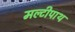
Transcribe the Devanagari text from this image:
मल्टीपाथ